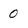
Character: 0